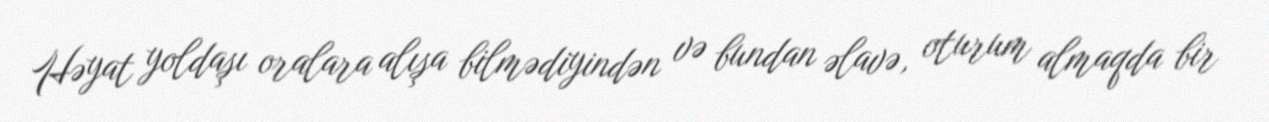
Həyat yoldaşı oralara alışa bilmədiyindən və bundan əlavə, oturum almaqda bir